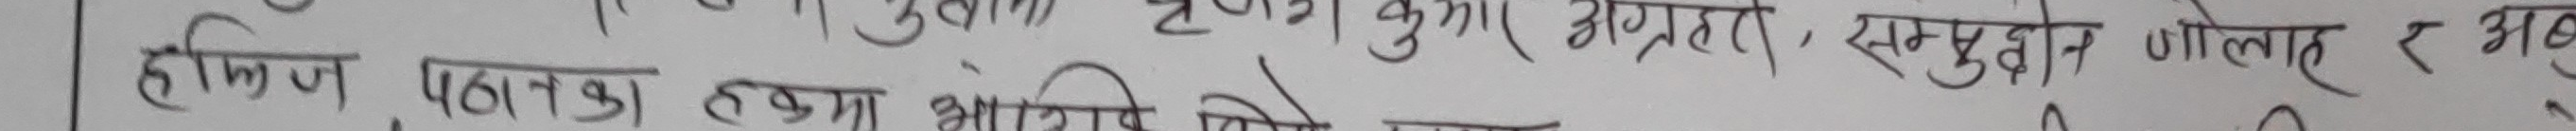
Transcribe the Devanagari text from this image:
हिसाब किताबका लग्गा आरिणितिले